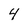
Character: 4